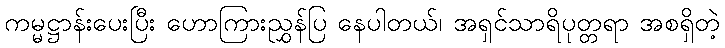
ကမ္မဋ္ဌာန်းပေးပြီး ဟောကြားညွှန်ပြ နေပါတယ်၊ အရှင်သာရိပုတ္တရာ အစရှိတဲ့